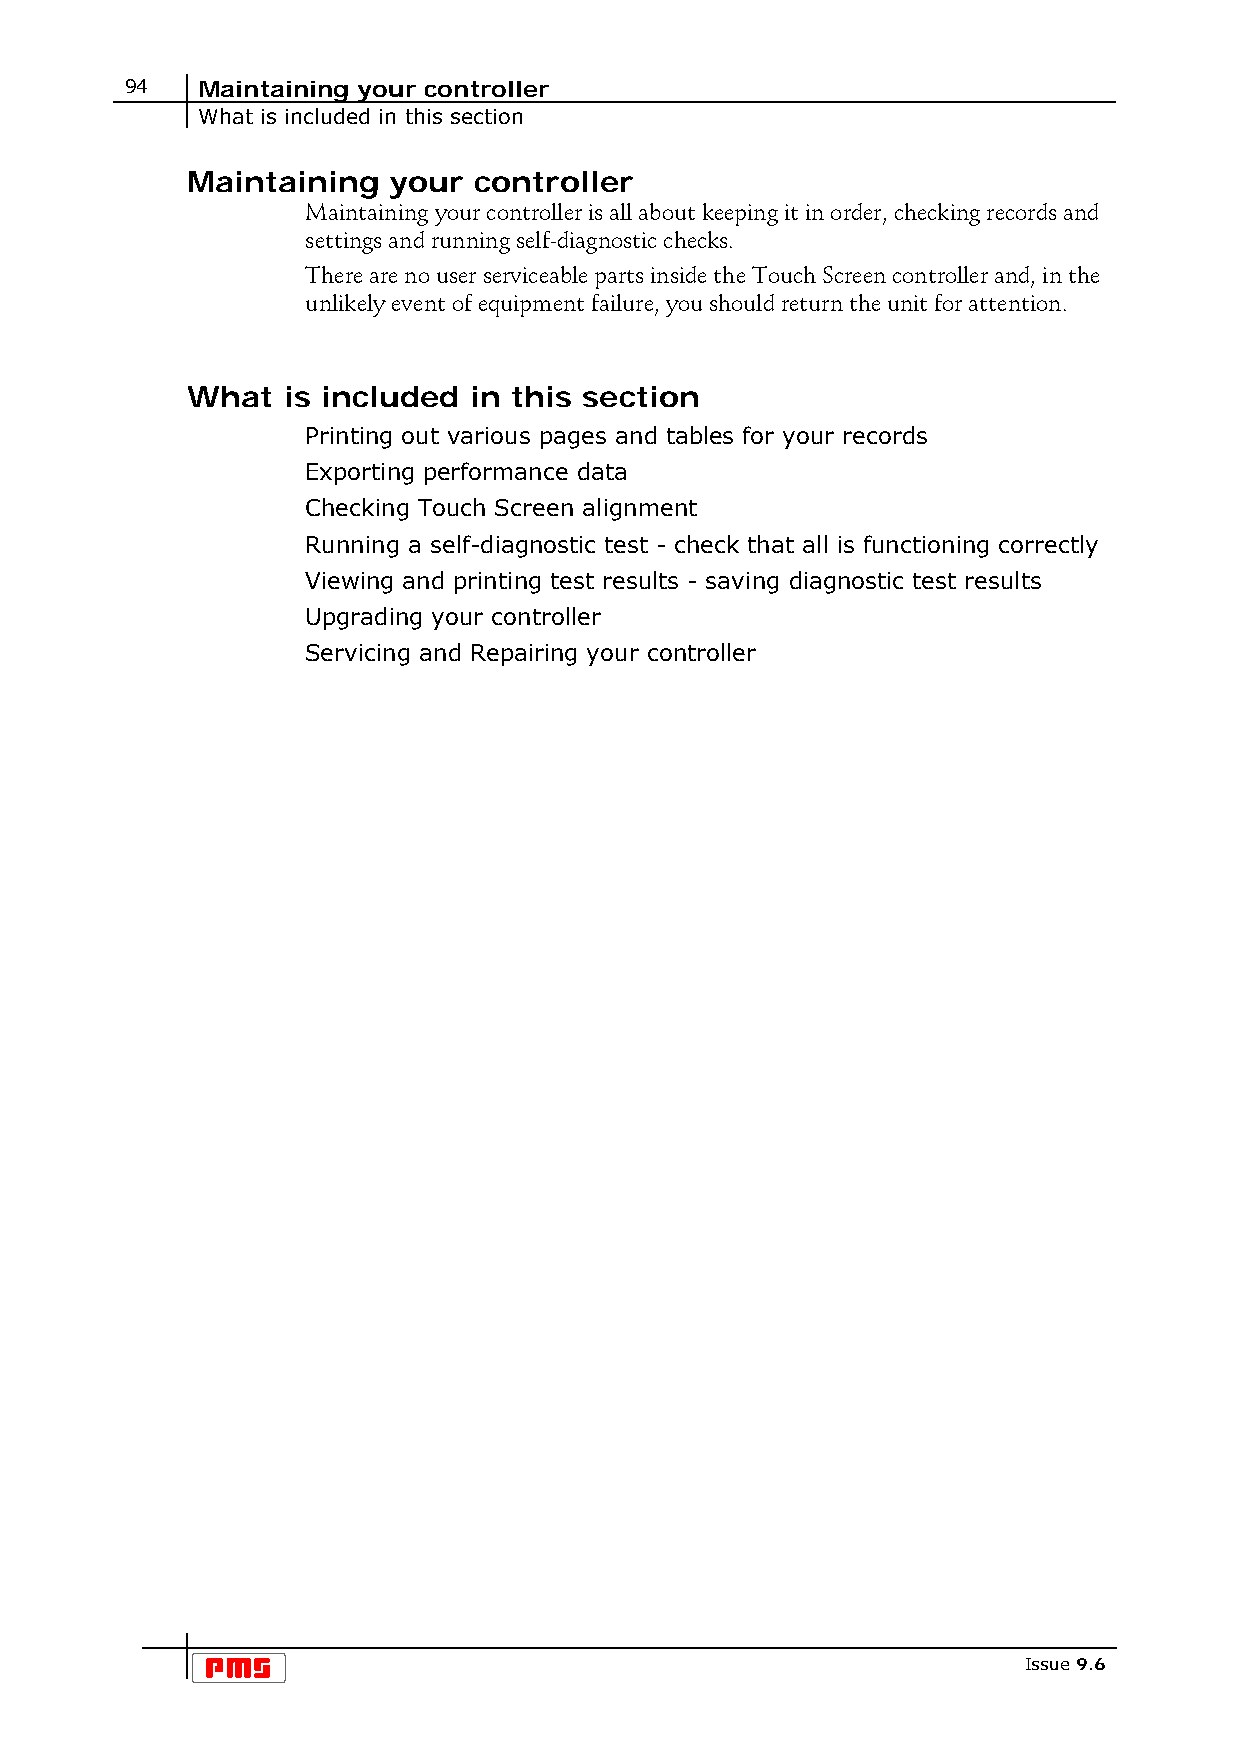
94   Maintaining your controller
 What is included in this section
 Maintaining   your controller
 Maintaining your controller is all about keeping it in order, checking records and
 settings and running self-diagnostic checks.
 There are no user serviceable parts inside the Touch Screen controller and, in the
 unlikely event of equipment failure, you should return the unit for attention.
 What   is included in this section
 Printing out various pages and tables for your records
 Exporting performance data
 Checking Touch Screen alignment
 Running a self-diagnostic test - check that all is functioning correctly
 Viewing and printing test results - saving diagnostic test results
 Upgrading your controller
 Servicing and Repairing your controller
 Issue 9.6